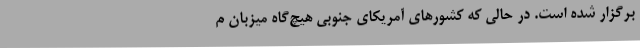
برگزار شده است. در حالی که کشورهای آمریکای جنوبی هیچ‌گاه میزبان م